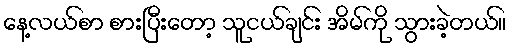
နေ့လယ်စာ စားပြီးတော့ သူငယ်ချင်း အိမ်ကို သွားခဲ့တယ်။